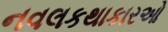
નવલકથાકારઓ